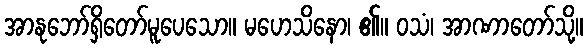
အာနုဘော်ရှိတော်မူပေသော။ မဟေသိနော၊ ၏။ ဝသံ၊ အာဏာတော်သို့။